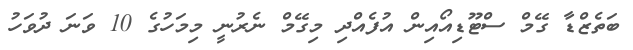
ބަތެޒްޑާ ގޭމް ސްޓޫޑިއޯއިން އުފެއްދި މިގޭމް ނެރުނީ މިމަހުގެ 10 ވަނަ ދުވަހު